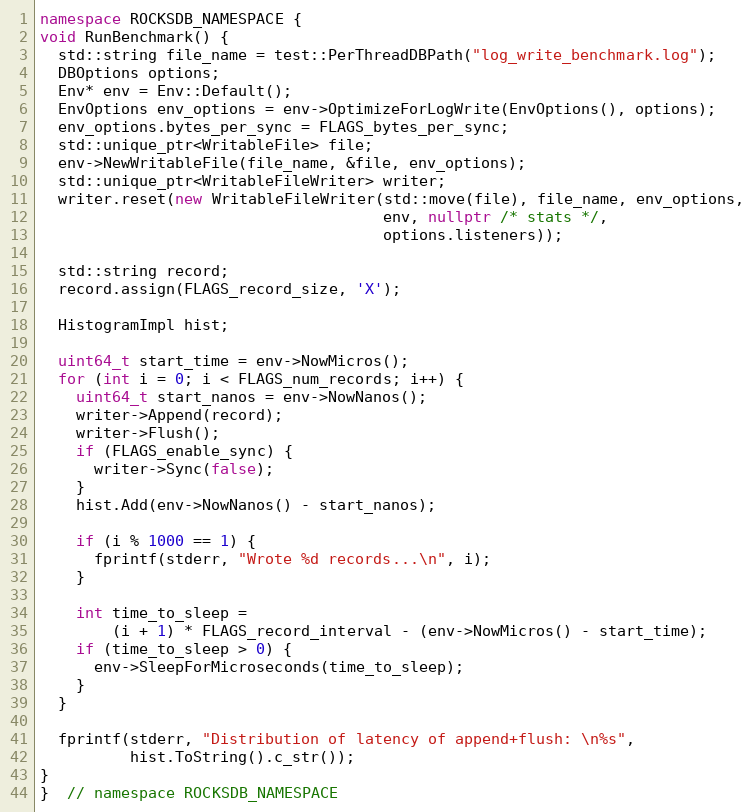
Language: C++
namespace ROCKSDB_NAMESPACE {
void RunBenchmark() {
  std::string file_name = test::PerThreadDBPath("log_write_benchmark.log");
  DBOptions options;
  Env* env = Env::Default();
  EnvOptions env_options = env->OptimizeForLogWrite(EnvOptions(), options);
  env_options.bytes_per_sync = FLAGS_bytes_per_sync;
  std::unique_ptr<WritableFile> file;
  env->NewWritableFile(file_name, &file, env_options);
  std::unique_ptr<WritableFileWriter> writer;
  writer.reset(new WritableFileWriter(std::move(file), file_name, env_options,
                                      env, nullptr /* stats */,
                                      options.listeners));

  std::string record;
  record.assign(FLAGS_record_size, 'X');

  HistogramImpl hist;

  uint64_t start_time = env->NowMicros();
  for (int i = 0; i < FLAGS_num_records; i++) {
    uint64_t start_nanos = env->NowNanos();
    writer->Append(record);
    writer->Flush();
    if (FLAGS_enable_sync) {
      writer->Sync(false);
    }
    hist.Add(env->NowNanos() - start_nanos);

    if (i % 1000 == 1) {
      fprintf(stderr, "Wrote %d records...\n", i);
    }

    int time_to_sleep =
        (i + 1) * FLAGS_record_interval - (env->NowMicros() - start_time);
    if (time_to_sleep > 0) {
      env->SleepForMicroseconds(time_to_sleep);
    }
  }

  fprintf(stderr, "Distribution of latency of append+flush: \n%s",
          hist.ToString().c_str());
}
}  // namespace ROCKSDB_NAMESPACE